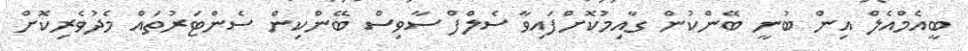
ބީއެމްއެލް އިން ބުނީ ބޭންކުން ގާއިމުކޮށްފައިވާ ސެލްފް ސާވިސް ބޭންކިން ސެންޓަރުތައް މެދުވެރިކޮށް